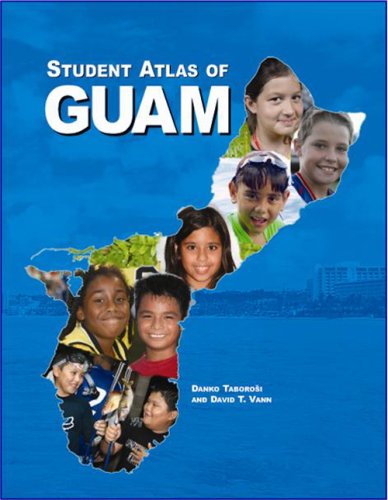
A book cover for Student Atlas of Guam; Danko Taborosi; Travel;